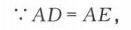
\(\because AD = AE\)，